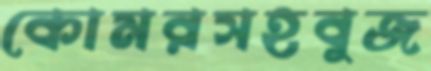
কোমরসহবুজ